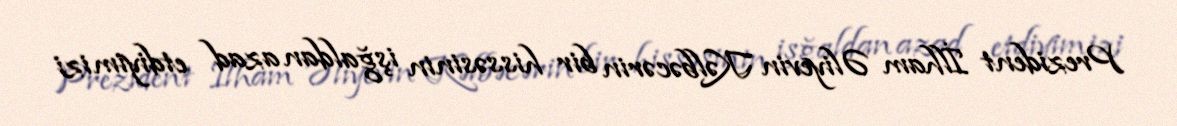
Prezident İlham Əliyevin Kəlbəcərin bir hissəsinin işğaldan azad etdiyimizi